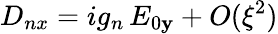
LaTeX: D_{nx}=ig_{n}\, E_{0\mathbf{y}}+O(\xi^{2})